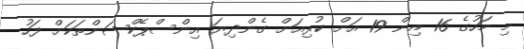
މި މަހުގެ 16 އިން 19 އަށް ކުރިއަށް ގެންދިޔަ އިންސްޕެކްޝަންތަކަށް ފަހު